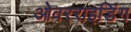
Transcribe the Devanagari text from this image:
ओवरराइडिंग